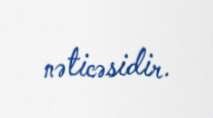
nəticəsidir.